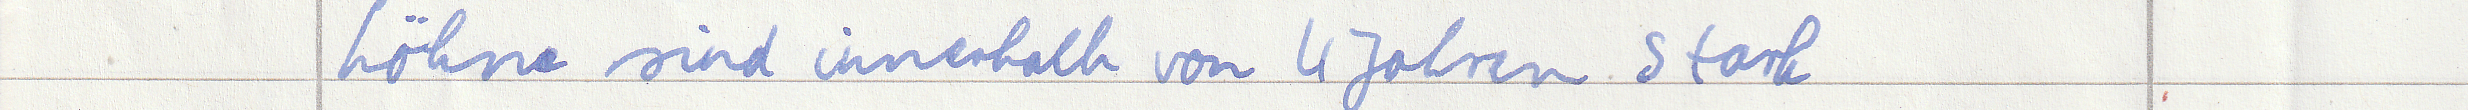
Löhne sind innerhalb von 4 Jahren stark